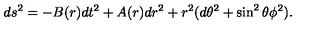
d { s } ^ { 2 } = - B ( r ) d { t } ^ { 2 } + A ( r ) d r ^ { 2 } + r ^ { 2 } ( d \theta ^ { 2 } + \sin ^ { 2 } \theta \phi ^ { 2 } ) .